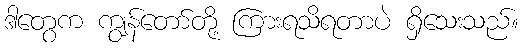
ဒါတွေက ကျွန်တော်တို့ ကြားရသိရတာပဲ ရှိသေးသည်။